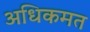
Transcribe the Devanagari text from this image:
अधिकमत